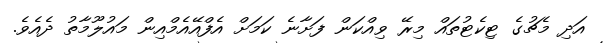
އަދި މެޗުގެ ޓިކެޓުތައް މިރޭ ވިއްކަން ފަށާނެ ކަމަށް އެފްއޭއެމްއިން މައުލޫމާތު ދެއެވެ.